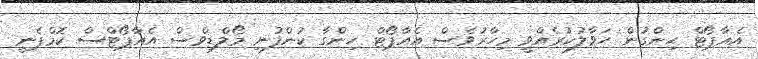
އެއާޕޯޓް ހިންގުން ހަވާލުކުރެއްވީ މިހާރުވެސް އެއާޕޯޓް ހިންގާ ކުންފުނި މޯލްޑިވްސް އެއާޕޯޓްސް ކޮމްޕެނީ